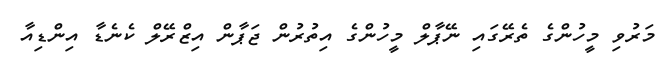
މަރުވި މީހުންގެ ތެރޭގައި ނޭޕާލް މީހުންގެ އިތުރުން ޖަޕާން އިޒްރޭލް ކެނެޑާ އިންޑިއާ